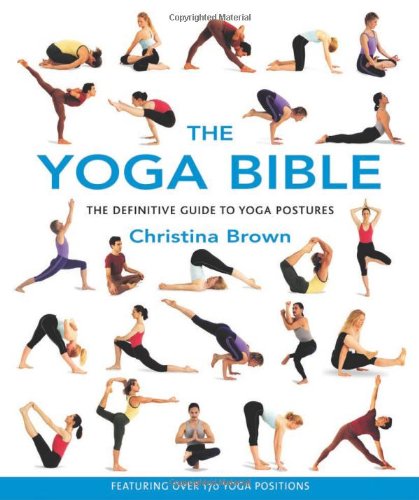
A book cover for The Yoga Bible; Christina Brown; Health, Fitness & Dieting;